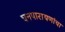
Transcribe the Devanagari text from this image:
घनपारायणांचा